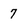
Character: 7